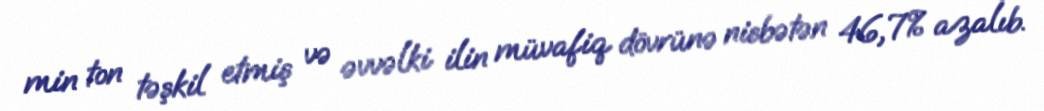
min ton təşkil etmiş və əvvəlki ilin müvafiq dövrünə nisbətən 46,7% azalıb.